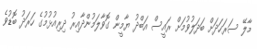
މާލޭ ސަރަހަދަށް ބަދަލުވުމަށް ރައީސް އަބްދު ޔާމީން ގޮވާލަމުންދާއިރު ދިރިއުޅުމުގެ ހަރަދު ބޮޑުވެ